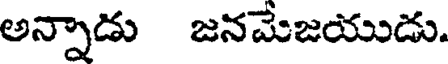
అన్నాడు జనమేజయుడు.